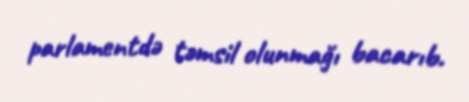
parlamentdə təmsil olunmağı bacarıb.